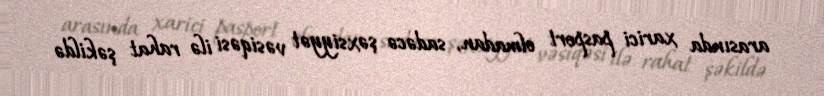
arasında xarici pasport olmadan, sadəcə şəxsiyyət vəsiqəsi ilə rahat şəkildə